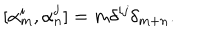
[ \alpha _ { m } ^ { i } , \alpha _ { n } ^ { j } ] = m \delta ^ { i j } \delta _ { m + n } .